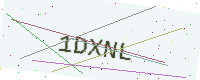
Text: 1DXNL